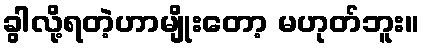
ခွါလို့ရတဲ့ဟာမျိုးတော့ မဟုတ်ဘူး။